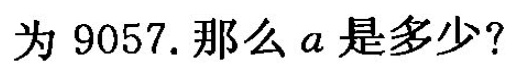
为9057。那么a是多少?